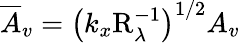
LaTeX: \overline{{A}}_{v}=\left(k_{x}\mathrm{R}_{\lambda}^{-1}\right)^{1/2}A_{v}